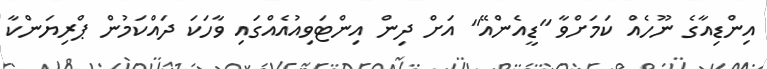
އިންޑިއާގެ ނޫހެއް ކަމަށްވާ "ޑީއެންއޭ" އަށް ދިން އިންޓަވިއުއެއްގައި ވާހަކަ ދައްކަމުން ޕްރިޔަންކާ